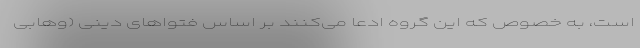
است، به خصوص که این گروه ادعا می‌کنند بر اساس فتواهای دینی (وهابی